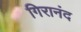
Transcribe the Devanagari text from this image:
गिरानंद